Sketch of the medical history of the native army of Bombay, for the year
Year: 1876
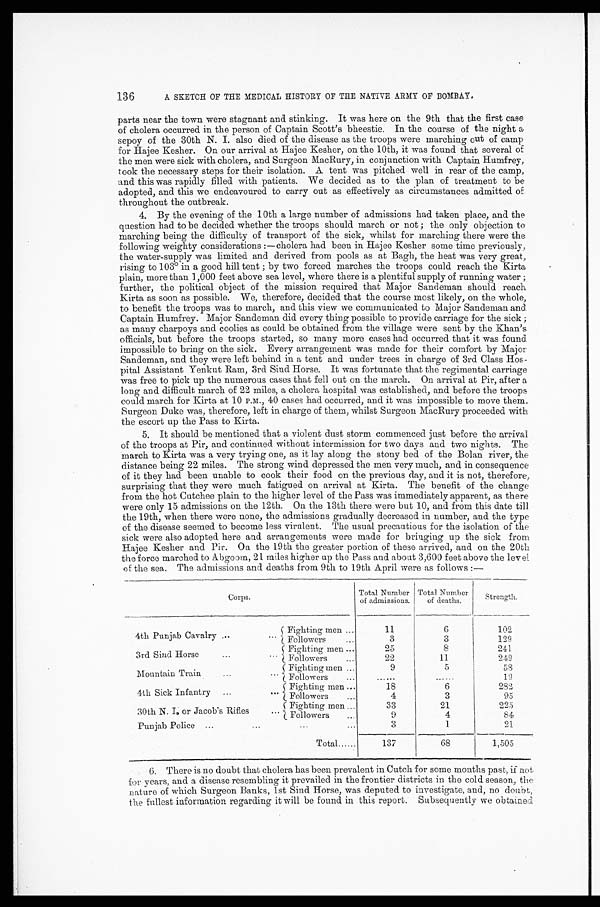
136
A SKETCH OF THE MEDICAL HISTORY OF THE NATIVE ARMY OF BOMBAY.
parts near the town were stagnant and stinking. It was here on the 9th that the first case
of cholera occurred in the person of Captain Scott's bheestie. In the course of the night a
sepoy of the 30th N. I. also died of the disease as the troops were marching out of camp
for Hajee Kesher. On our arrival at Hajee Kesher, on the 10th, it was found that several of
the men were sick with cholera, and Surgeon MacRury, in conjunction with Captain Humfrey,
took the necessary steps for their isolation. A tent was pitched well in rear of the camp,
and this was rapidly filled with patients. We decided as to the plan of treatment to be
adopted, and this we endeavoured to carry out as effectively as circumstances admitted of
throughout the outbreak.
4. By the evening of the 10th a large number of admissions had taken place, and the
question had to be decided whether the troops should march or not ; the only objection to
marching being the difficulty of transport of the sick, whilst for marching there were the
following weighty considerations :— cholera had been in Hajee Kesher some time previously,
the water-supply was limited and derived from pools as at Bagh, the heat was very great,
rising to 103° in a good hill tent ; by two forced marches the troops could reach the Kirta
plain, more than 1,000 feet above sea level, where there is a plentiful supply of running water ;
further, the political object of the mission required that Major Sandeman should reach
Kirta as soon as possible. We, therefore, decided that the course most likely, on the whole,
to benefit the troops was to march, and this view we communicated to Major Sandeman and
Captain Humfrey. Major Sandeman did every thing possible to provide carriage for the sick ;
as many charpoys and coolies as could be obtained from the village were sent by the Khan's
officials, but before the troops started, so many more cases had occurred that it was found
impossible to bring on the sick. Every arrangement was made for their comfort by Major
Sandeman, and they were left behind in a tent and under trees in charge of 3rd Class Hos-
pital Assistant Yenkut Ram, 3rd Sind Horse. It was fortunate that the regimental carriage
was free to pick up the numerous cases that fell out on the march. On arrival at Pir, after a
long and difficult march of 22 miles, a cholera hospital was established, and before the troops
could march for Kirta at 10 P.M., 40 cases had occurred, and it was impossible to move them.
Surgeon Duke was, therefore, left in charge of them, whilst Surgeon MacRury proceeded with
the escort up the Pass to Kirta.
5. It should be mentioned that a violent dust storm commenced just before the arrival
of the troops at Pir, and continued without intermission for two days and two nights. The
march to Kirta was a very trying one, as it lay along the stony bed of the Bolan river, the
distance being 22 miles. The strong wind depressed the men very much, and in consequence
of it they had been unable to cook their food on the previous day, and it is not, therefore,
surprising that they were much fatigued on arrival at Kirta. The benefit of the change
from the hot Cutchee plain to the higher level of the Pass was immediately apparent, as there
were only 15 admissions on the 12th. On the 13th there were but 10, and from this date till.
the 19th, when there were none, the admissions gradually decreased in number, and the type
of the disease seemed to become less virulent. The usual precautious for the isolation of the
sick were also adopted here and arranements were made for bringing up the sick from
Hajee Kesher and Pir. On the 19th the greater portion of these arrived, and on the 20th
the force marched to Abgoom, 21 miles higher up the Pass and about 3,600 feet above the level
of the sea. The admissions and deaths from 9th to 19th April were as follows :—
Corps.
Total Number
of admissions.
Total Number
of deaths.
S t r e n g t h .
4th Punjab Cavalry ...
'
Fighting men ...
11
6
102
Followers
...
3
3
129
3 rd Sin d Horse ... ...
Fighting men ...
2 5
8
241
Followers
...
22
11
2 4 9
Mountain Train
...
Fighting men ...
9
5
58
Followers
...
......
......
19
4th Sick Infantry ...
'''
Fighting men ...
18
6
282
F o l l o w e r s . . .
4
3
9 5
30th N. I, or Jacob's Rifles
...
Fighting men ...
33
21
225
Followers
...
9
4
84
Punjab Police ...
...
...
...
3
1
21
Total......
137
68
1,505
6. There is no doubt that cholera has been prevalent in Cutch for some months past, if not
for years, and a disease resembling it prevailed in the frontier districts in the cold season, the
nature of which Surgeon Banks, 1st Sind Horse, was deputed to investigate, and, no doubt,
the fullest information regarding it will be found in this report. Subsequently we obtained